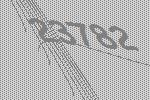
23782